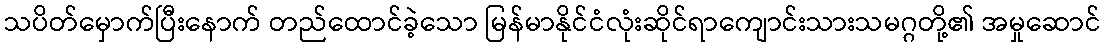
သပိတ်မှောက်ပြီးနောက် တည်ထောင်ခဲ့သော မြန်မာနိုင်ငံလုံးဆိုင်ရာကျောင်းသားသမဂ္ဂတို့၏ အမှုဆောင်